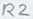
Text: R2